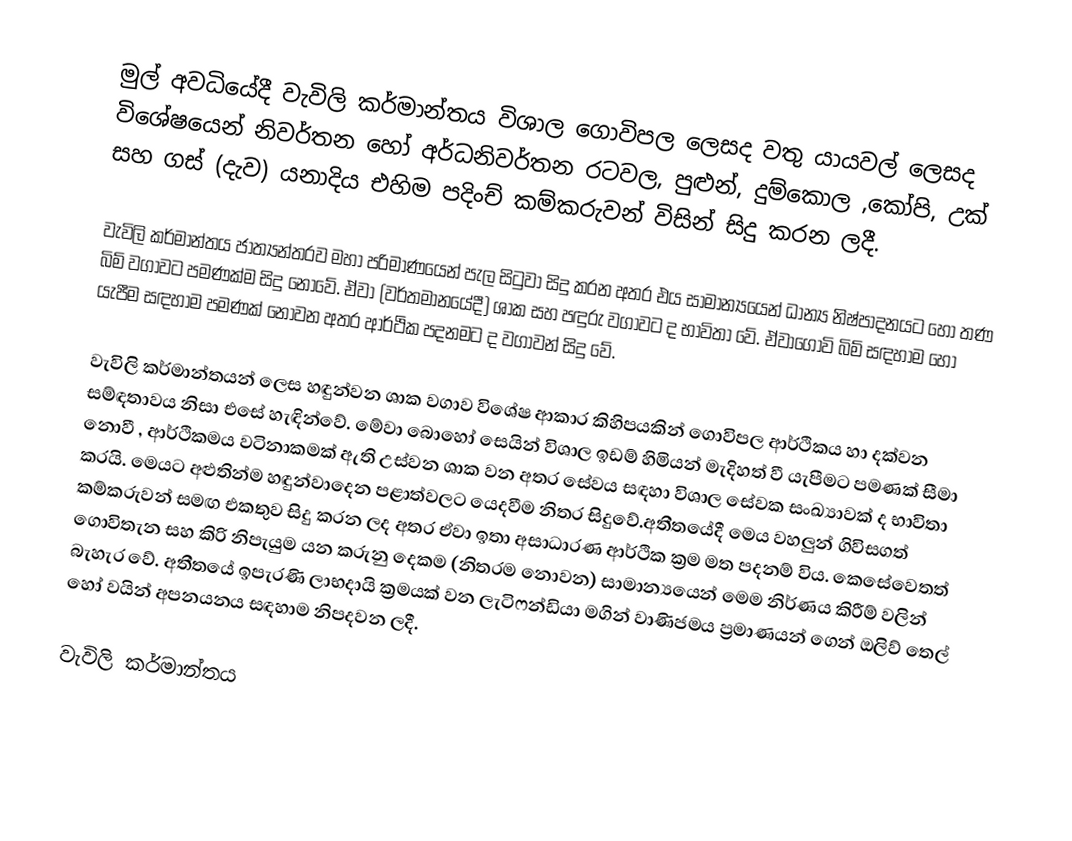
මුල් අවධියේදී වැවිලි කර්මාන්තය විශාල ගොවිපල ලෙසද වතු යායවල් ලෙසද විශේෂයෙන් නිවර්තන හෝ අර්ධනිවර්තන රටවල, පුළුන්, දුම්කොල ,කෝපි, උක් සහ ගස් (දැව) යනාදිය එහිම පදිංච් කම්කරුවන් විසින් සිදු කරන ලදී.

වැවිලි කර්මාන්තය ජාත්‍යන්තරව මහා පරිමාණයෙන් පැල සිටුවා සිදු කරන අතර එය සාමාන්‍යයෙන් ධාන්‍ය නිෂ්පාදනයට හෝ තණ බිම් වගාවට පමණක්ම සිදු නොවේ. ඒවා (වර්තමානයේදී) ශාක සහ පඳුරු වගාවට ද භාවිතා වේ. ඒවාගොවි බිම් සඳහාම හෝ යැපීම සඳහාම පමණක් නොවන අතර ආර්ථික පදනමට ද වගාවන් සිදු වේ.

වැවිලි කර්මාන්තයන් ලෙස හඳුන්වන ශාක වගාව විශේෂ ආකාර කිහිපයකින් ගොවිපල ආර්ථිකය හා දක්වන සම්ඳතාවය නිසා එසේ හැඳින්වේ. මේවා බොහෝ සෙයින් විශාල ඉඩම් හිමියන් මැදිහත් වී යැපීමට පමණක් සීමා නොවී , ආර්ථිකමය වටිනාකමක් ඇති උස්වන ශාක වන අතර සේවය සඳහා විශාල සේවක සංඛ්‍යාවක් ද භාවිතා කරයි. මෙයට අළුතින්ම හඳුන්වාදෙන පළාත්වලට යෙදවීම නිතර සිදුවේ.අතීතයේදී මෙය වහලුන් ගිවිසගත් කම්කරුවන් සමඟ එකතුව සිදු කරන ලද අතර ඒවා ඉතා අසාධාරණ ආර්ථික ක්‍රම මත පදනම් විය. කෙසේවෙතත් ගොවිතැන සහ කිරි නිපැයුම යන කරුනු දෙකම (නිතරම නොවන) සාමාන්‍යයෙන් මෙම නිර්ණය කිරීම් වලින් බැහැර වේ. අතීතයේ ඉපැරණි ලාභදායි ක්‍රමයක් වන ලැටිෆන්ඩියා මගින් වාණිජමය ප්‍රමාණයන් ගෙන් ඔලිව් තෙල් හෝ වයින් අපනයනය සඳහාම නිපදවන ලදී.

වැවිලි කර්මාන්තය